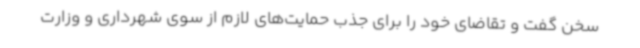
سخن گفت و تقاضای خود را برای جذب حمایت‌های لازم از سوی شهرداری و وزارت